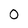
Character: 0